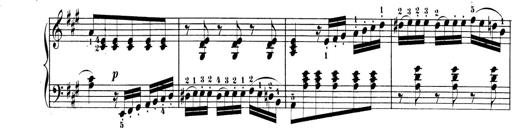
Title: 3 Sonatinen, Op.8
Composer: Isidor Wilhelm Seiss